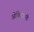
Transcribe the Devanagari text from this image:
ओक्सिकारी